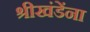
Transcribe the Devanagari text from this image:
श्रीखंडेंना